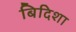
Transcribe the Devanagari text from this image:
बिदिशा